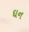
ઘન